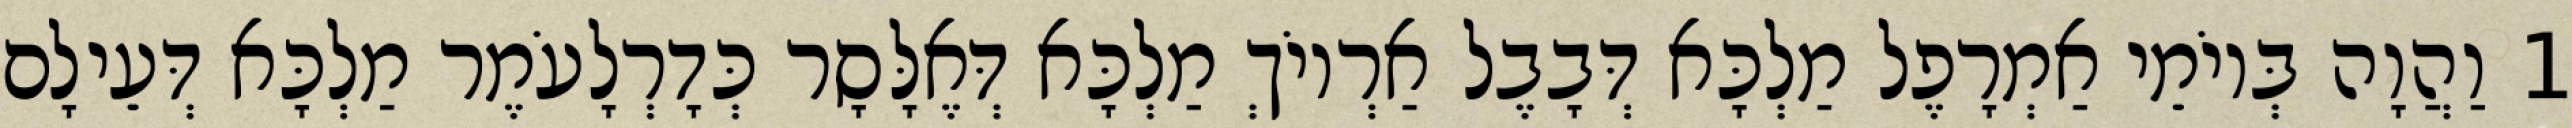
1 וַהֲוָה בְּיוֹמֵי אַמְרָפֶל מַלְכָּא דְּבָבֶל אַרְיוֹךְ מַלְכָּא דְּאֶלָּסָר כְּדָרְלָעֹמֶר מַלְכָּא דְּעֵילָם